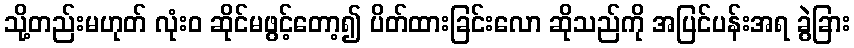
သို့တည်းမဟုတ် လုံးဝ ဆိုင်မဖွင့်တော့၍ ပိတ်ထားခြင်းလော ဆိုသည်ကို အပြင်ပန်းအရ ခွဲခြား